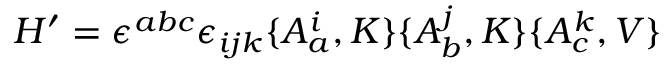
H ^ { \prime } = \epsilon ^ { a b c } \epsilon _ { i j k } \{ A _ { a } ^ { i } , K \} \{ A _ { b } ^ { j } , K \} \{ A _ { c } ^ { k } , V \}